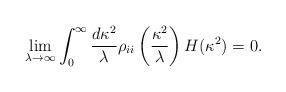
LaTeX: \begin{align*}\lim_{\lambda \rightarrow \infty} \int_0 ^\infty \frac{d \kappa^2}{\lambda}\rho_{ii} \left(\frac{\kappa^2}{\lambda}\right) H(\kappa^2) =0.\end{align*}